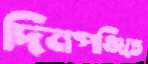
দিনপঞ্জিতে